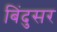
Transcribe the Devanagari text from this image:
बिंदुसर